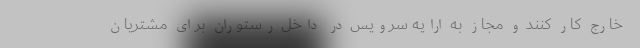
خارج کار کنند و مجاز به ارایه سرویس در داخل رستوران برای مشتریان